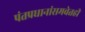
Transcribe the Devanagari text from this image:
पंतप्रधानांसमवेतही